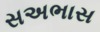
સઅભાસ